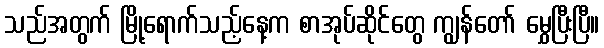
သည်အတွက် မြို့ရောက်သည့်နေ့က စာအုပ်ဆိုင်တွေ ကျွန်တော် မွှေပြီးပြီ။